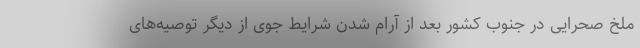
ملخ صحرایی در جنوب کشور بعد از آرام شدن شرایط جوی از دیگر توصیه‌های